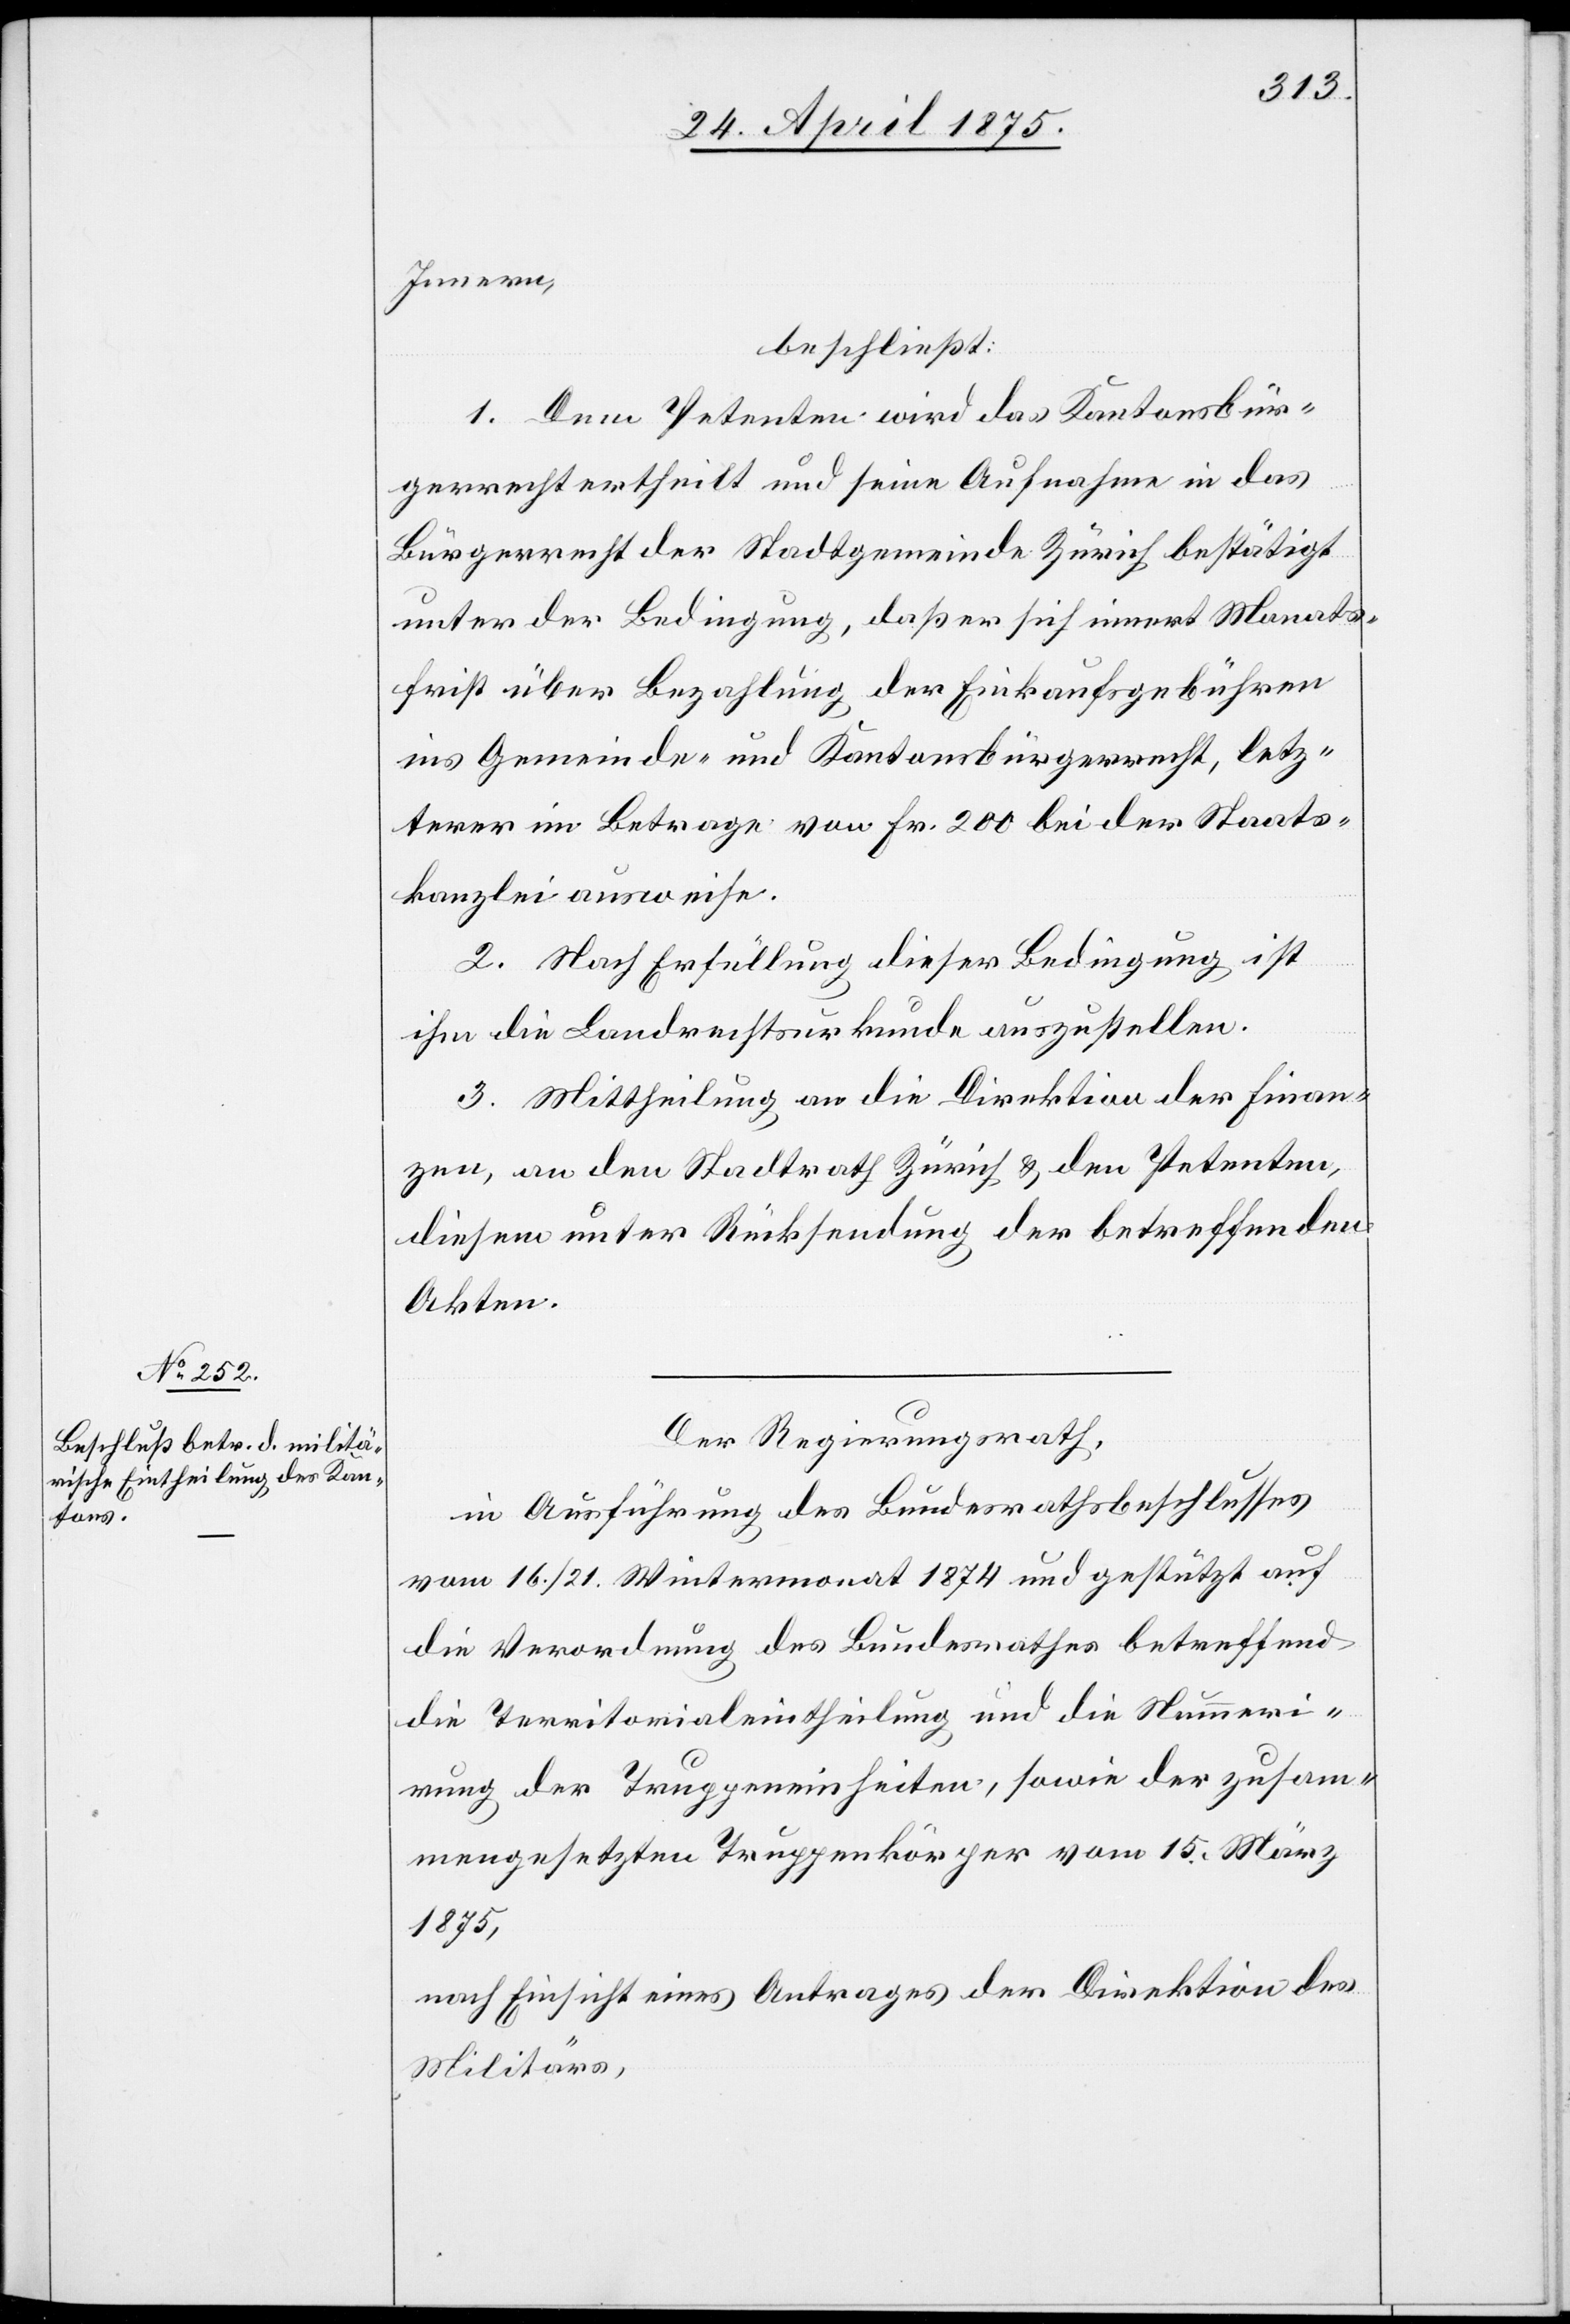
Innern,
beschließt:
1. Dem Petenten wird das Kantonsbür¬
gerrecht ertheilt und seine Aufnahme in das
Bürgerrecht der Stadtgemeinde Zürich bestätigt
unter der Bedingung, daß er sich innert Monats¬
frist über Bezahlung der Einkaufsgebühren
ins Gemeinde- und Kantonsbürgerrecht, letz¬
terer im Betrage von Fr. 200 bei der Staats¬
kanzlei ausweise.
2. Nach Erfüllung dieser Bedingung ist
ihm die Landrechtsurkunde auszustellen.
3. Mittheilung an die Direktion des Finan¬
zen, an den Stadtrath Zürich & den Petenten,
diesem unter Rücksendung der betreffenden
Akten.
Der Regierungsrath,
in Ausführung des Bundesrathsbeschlusses
vom 16./21. Wintermonat 1874 und gestützt auf
die Verordnung des Bundesrathes betreffend
die Territorialeintheilung und die Nummeri¬
rung der Truppeneinheiten, sowie der zusam¬
mengesetzten Truppenkörper vom 15. März
1875,
nach Einsicht eines Antrages der Direktion des
Militärs,